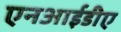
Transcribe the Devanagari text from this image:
एनआईडीए